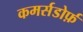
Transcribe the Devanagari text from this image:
कमर्सडोर्फ़